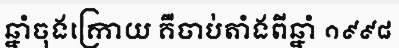
ឆ្នាំចុងក្រោយ គឺចាប់តាំងពីឆ្នាំ ១៩៩៨